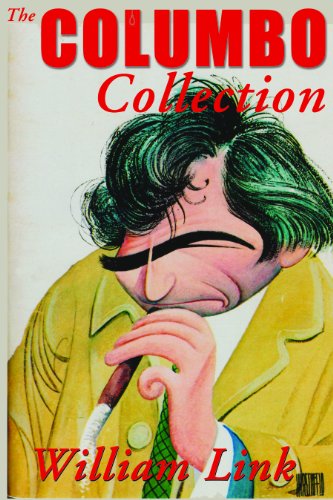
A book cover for The Columbo Collection; William Link; Mystery, Thriller & Suspense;